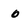
Character: o